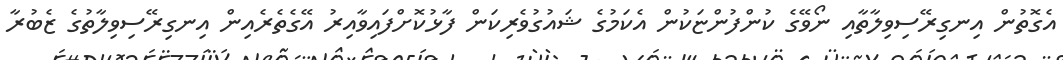
އެގޮތުން އިނގިރޭސިވިލާތާއި ނޯވޭގެ ކުންފުންޏަކުން އެކަމުގެ ޝައުގުވެރިކަން ފާޅުކޮށްފައިވާއިރު އޭގެތެރެއިން އިނގިރޭސިވިލާތުގެ ޒެބުރާ